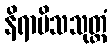
နိရာမိသသုတ္တံ